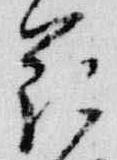
花